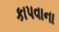
કાપવાના